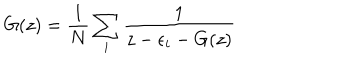
LaTeX: G ( z ) = { \frac { 1 } { N } } \sum _ { i } { \frac { 1 } { z - \epsilon _ { i } - G ( z ) } }